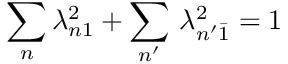
\sum _ { n } \lambda _ { n 1 } ^ { 2 } + \sum _ { n ^ { \prime } } \, \lambda _ { n ^ { \prime } \bar { 1 } } ^ { 2 } = 1